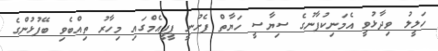
ހަލީލު ވިދާޅުވީ އެމަނިކުފާނުގެ ސިޔާސީ ހަޔާތް ފެށުނީ ޕީޕީއެމްގައި މިހާރު ތިއްބެވި ބޭފުޅުންގެ